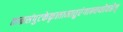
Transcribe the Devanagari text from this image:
ताम्रसंपुटकेकृत्वामातुरंगान्यथोवहेत्